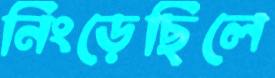
নিংড়েছিলে